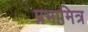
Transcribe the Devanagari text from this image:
प्रभामित्र